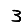
Digit: 3